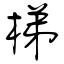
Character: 梯